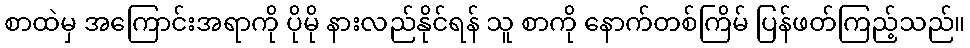
စာထဲမှ အကြောင်းအရာကို ပိုမို နားလည်နိုင်ရန် သူ စာကို နောက်တစ်ကြိမ် ပြန်ဖတ်ကြည့်သည်။